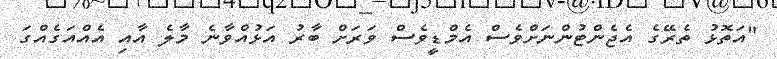
"އަތޮޅު ތެރޭގެ އެޖެންޓުންނަށްވެސް އެމްޑީވެސް ވަރަށް ބާރު އަޅުއްވާނެ މާލެ އާއި އެއްއަގެއްގަ